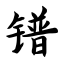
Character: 镨